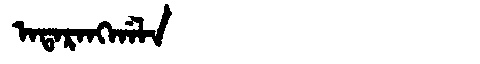
Manchu: ᠠᡨᠠᡵᠠᠩᡤᠠᠯᠠ
Romanization: ATARANGGALA